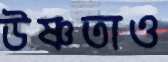
উষ্ণতাও